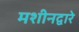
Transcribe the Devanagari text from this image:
मशीनद्वारे